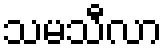
သမသီလာ